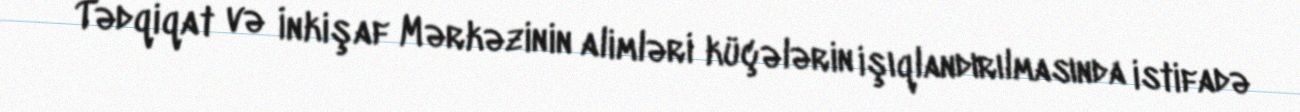
Tədqiqat və İnkişaf Mərkəzinin alimləri küçələrin işıqlandırılmasında istifadə